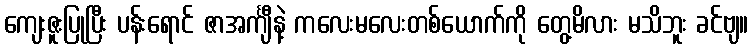
ကျေးဇူးပြုပြီး ပန်းရောင် ဇာအင်္ကျီနဲ့ ကလေးမလေးတစ်ယောက်ကို တွေ့မိလား မသိဘူး ခင်ဗျ။